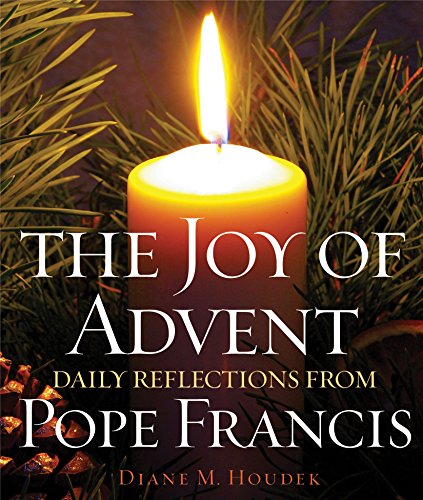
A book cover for The Joy of Advent: Daily Reflections from Pope Francis; Diane M. Houdek; Christian Books & Bibles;